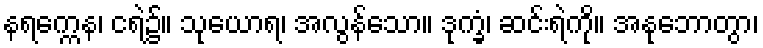
နရက္ကေန၊ ငရဲ၌။ သုယောရ၊ အလွန်သော။ ဒုက္ခံ၊ ဆင်းရဲကို။ အနုဘောတွာ၊